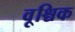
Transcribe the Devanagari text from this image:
वृ्श्चिक